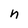
Character: n